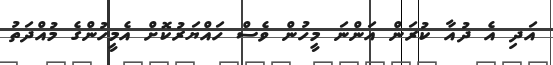
އަދި އެ ދުއާ ކުރަން އަންނަ މީހުން ވެސް ހައްޔަރުކޮށް އެމީހުންގެ މުއްދަތު